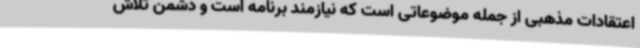
اعتقادات مذهبی از جمله موضوعاتی است که نیازمند برنامه است و دشمن تلاش